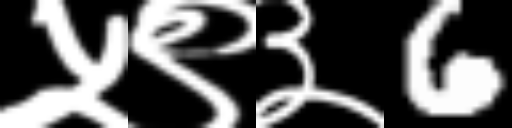
Text: ५९३6